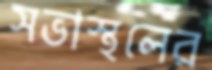
সভাস্থলের